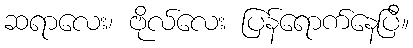
ဆရာလေး၊ ဗိုလ်လေး ပြန်ရောက်နေပြီ။